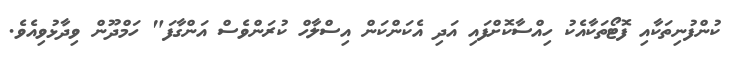
ކުންފުނިތަކާއި ފޮޓޯތަކާއެކު ހިއްސާކޮށްފައި އަދި އެކަންކަން އިސްލާހް ކުރަންވެސް އަންގާފަ" ހަމްދޫން ވިދާޅުވިއެވެ.